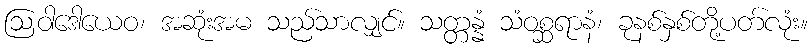
ဩဝါဒေါယေဝ၊ အဆုံးအမ သည်သာလျှင်။ သတ္တန္နံ သံဝစ္ဆရာနံ၊ ခုနစ်နှစ်တို့ပတ်လုံး။